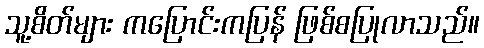
သူ့စိတ်များ ကပြောင်းကပြန် ဖြစ်စပြုလာသည်။